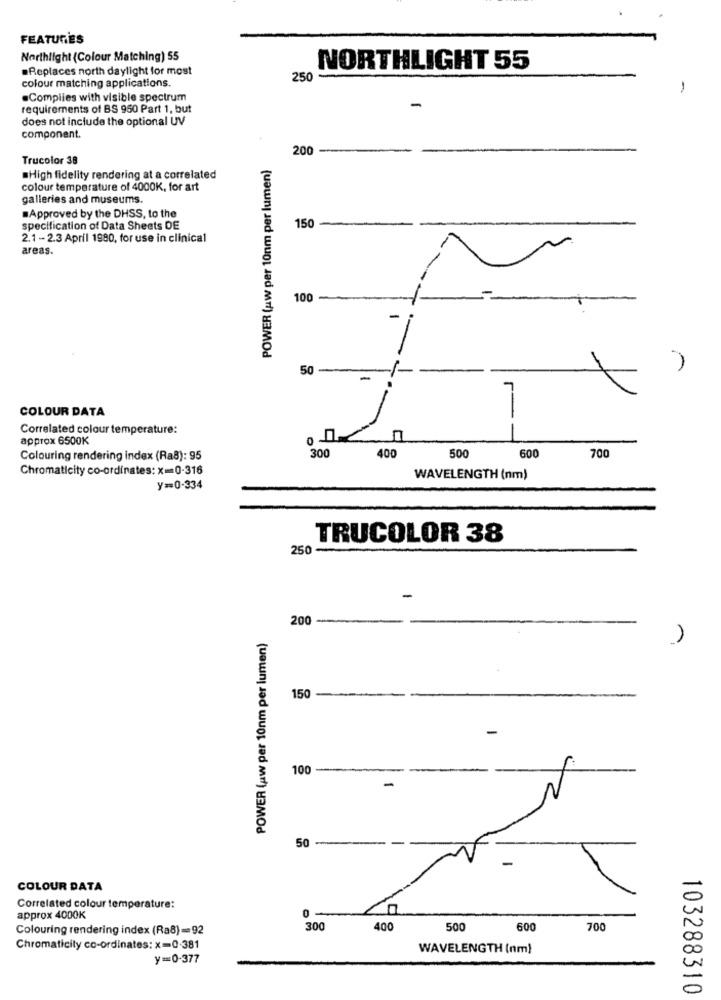
FEATURES
Northlight (Colour Matching) 55
.Replaces north daylight for most
NORTHLIGHT 55
colour matching applications.
250
-
.Complies with visible spectrum
-
requirements of BS 950 Part 1, but
does not include the optional UV
component.
200 -
Trucolor 38
POWER (uw per 10nm per lumen)
.High fidelity rendering at a correlated
colour temperature of 4000K, for art
galleries and museums.
#Approved by the DHSS, to the
specification of Data Sheets DE
150-
2.1 -2.3 April 1980, for use in clinical
areas.
100-
50 -
-
COLOUR DATA
Correlated colour temperature:
approx 6500K
300
50
600
700
Colouring rendering index (Ra8): 95
400
Chromaticity co-ordinates: x= 0-316
WAVELENGTH (nm)
y == 0-334
TRUCOLOR 38
250 -
-
200-
POWER (uw per 10nm per lumen)
150 ---
-
100-
50 -
COLOUR DATA
Correlated colour temperature:
approx 4000K
0-
Colouring rendering index (Ra8) =92
300
400
500
600
700
Chromaticity co-ordinates: x=0-381
WAVELENGTH (nm)
y=0-377
103288310